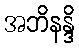
အဘိနန္ဒိ